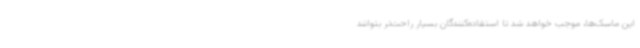
این ماسک‌ها، موجب خواهد شد تا استفاده‌کنندگان بسیار راحت‌تر بتوانند